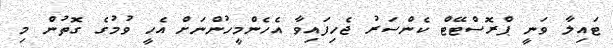
ޓައިލާ ވަނީ ޕްރޮސްޓޭޓް ކެންސަރު ޖެހިފައިވާ އެހެންމީހުންނަށް އެހީ ވުމުގެ ގޮތުން މި